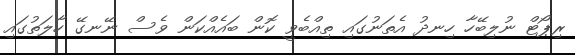
ރިޕޯޓް ނުލިބޭހާ ހިނދު އެތަނުގައި ތިއްބެވީ ކޮން ބައެއްކަން ވެސް ނޭނގޭ ހާލަތުގައި